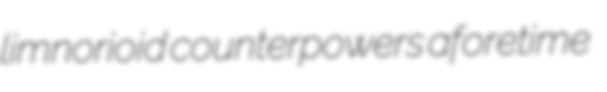
limnorioid counterpowers aforetime